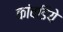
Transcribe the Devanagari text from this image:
कांवडिये